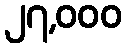
၂၇,၀၀၀